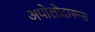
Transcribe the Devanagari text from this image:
अपोलोदारूस